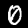
Label: 0